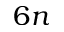
6 n